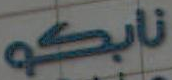
نابكو